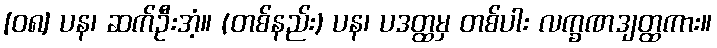
[၀၈] ပန၊ ဆက်ဦးအံ့။ (တစ်နည်း) ပန၊ ပဒတ္ထမှ တစ်ပါး လက္ခဏဒျတ္ထကား။